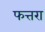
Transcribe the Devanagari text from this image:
फत्तरा